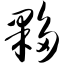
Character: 夥